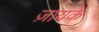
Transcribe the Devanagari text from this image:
ज़ायके